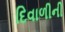
દિવાળીની